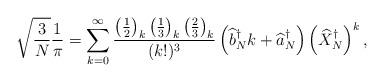
LaTeX: \begin{align*}\sqrt{\frac{3}{N}}\frac{1}{\pi} =\sum_{k=0}^\infty \frac{\left(\frac{1}{2}\right)_k\left(\frac{1}{3}\right)_k\left(\frac{2}{3}\right)_k}{(k!)^3}\left(\widehat{b}^\dagger_N k+\widehat{a}^\dagger_N\right)\left(\widehat{X}^\dagger_N\right)^k ,\end{align*}